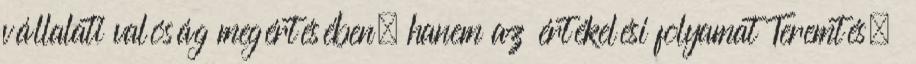
vállalati valóság megértésében, hanem az értékelési folyamat Teremtés.